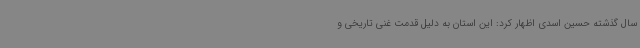
سال گذشته حسین اسدی اظهار کرد: این استان به دلیل قدمت غنی تاریخی و